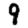
Digit: 9